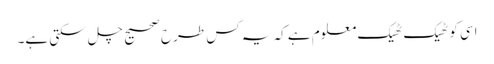
اسی کو ٹھیک ٹھیک معلوم ہے کہ یہ کس طرح صحیح چل سکتی ہے۔